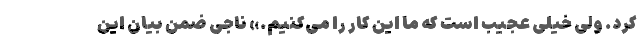
کرد. ولی خیلی عجیب است که ما این کار را می‌کنیم.» ناجی ضمن بیان این